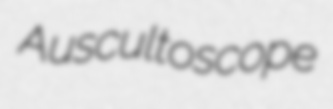
Auscultoscope